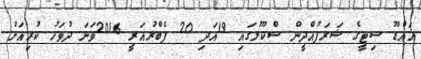
އައްޑޫ ސިޓީގެ ޝަރަފުއްދީން ސްކޫލުގައި 19އަދި 20 ފެބްރުއަރީ 2016ވަނަ ދުވަހު ކުރިއަށް